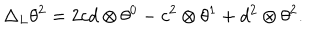
\Delta _ { L } \theta ^ { 2 } = 2 c d \otimes \theta ^ { 0 } - c ^ { 2 } \otimes \theta ^ { 1 } + d ^ { 2 } \otimes \theta ^ { 2 } .